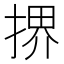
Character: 𫽜